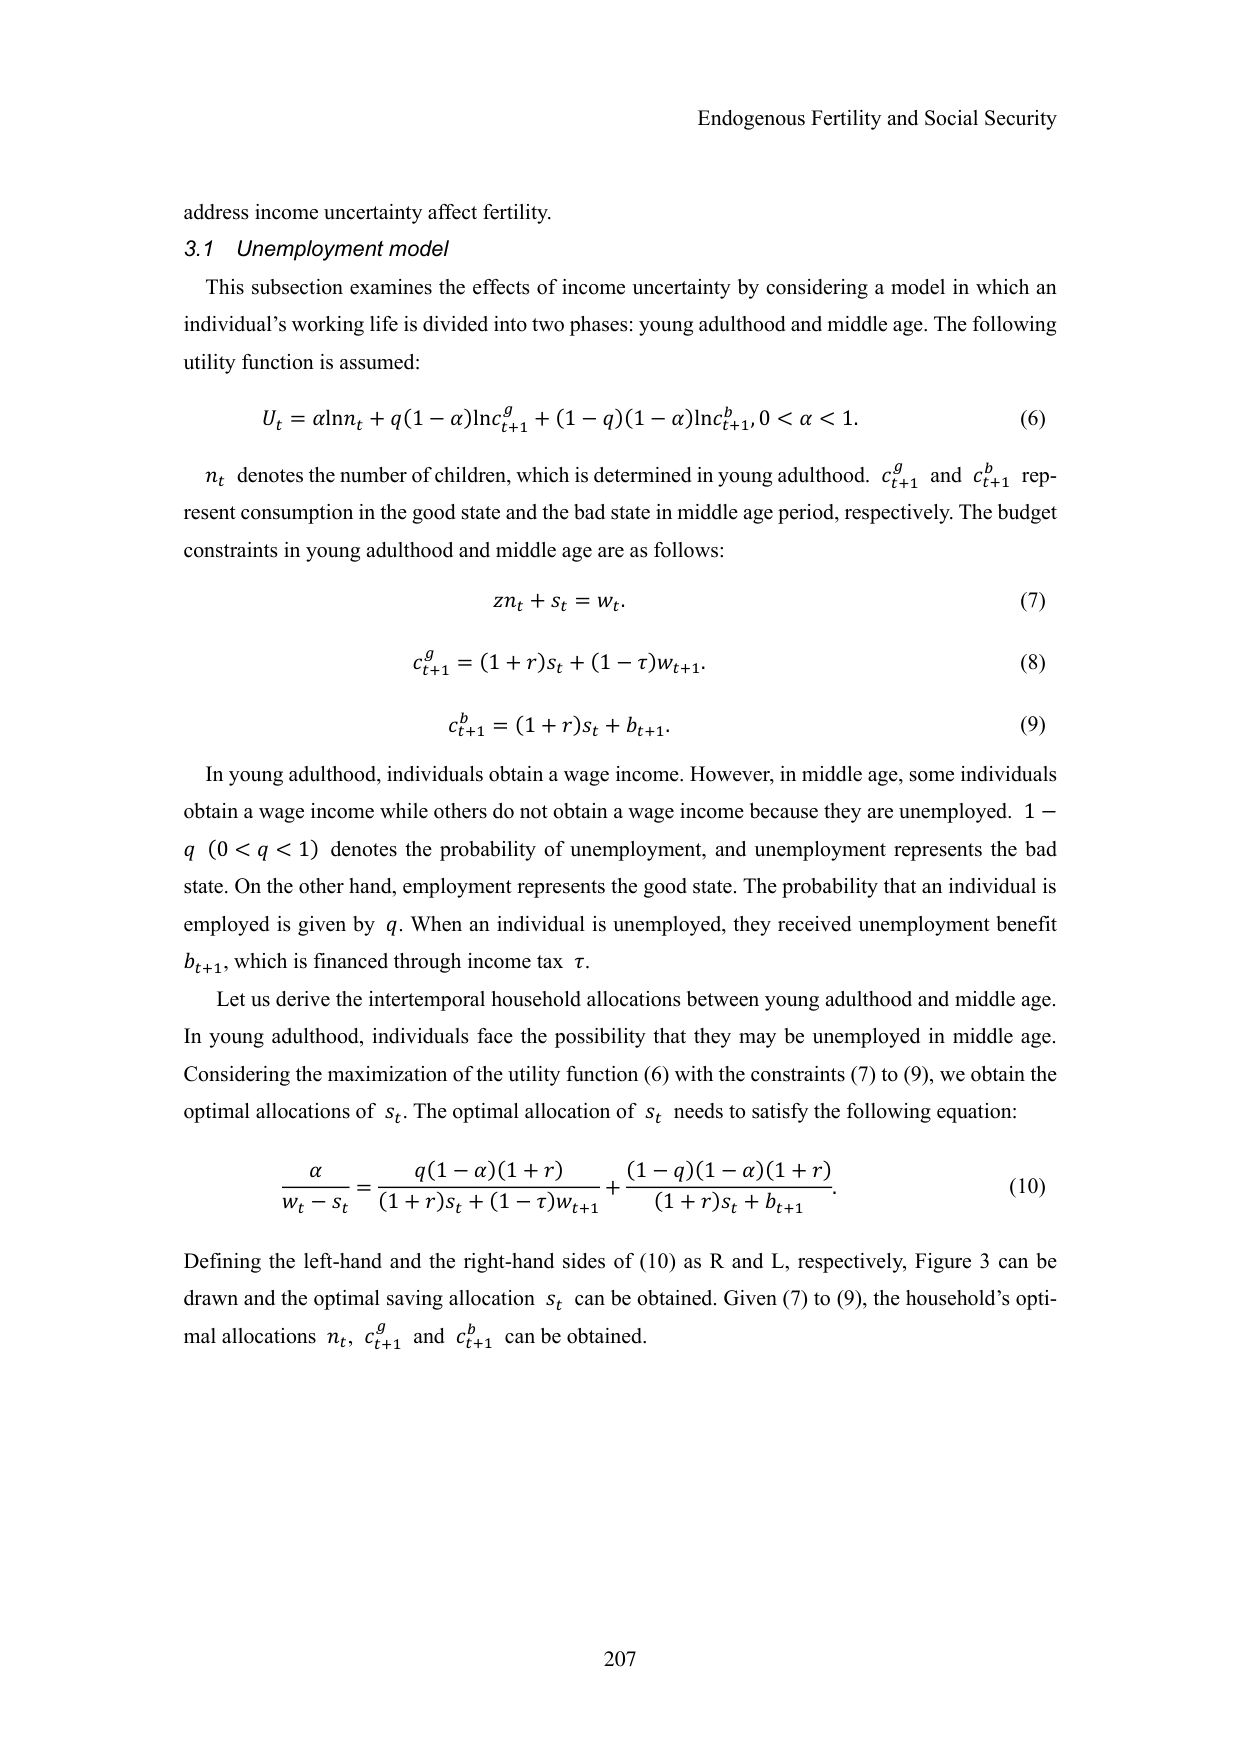
Endogenous Fertility and Social Security

address income uncertainty affect fertility.

3.1 Unemployment model

This subsection examines the effects of income uncertainty by considering a model in which an individual’s working life is divided into two phases: young adulthood and middle age. The following utility function is assumed:

U_t = αlnn_t + q(1−α)lnc_{t+1}^g + (1−q)(1−α)lnc_{t+1}^b, 0 < α < 1.  (6)

n_t denotes the number of children, which is determined in young adulthood. c_{t+1}^g and c_{t+1}^b represent consumption in the good state and the bad state in middle age period, respectively. The budget constraints in young adulthood and middle age are as follows:

zn_t + s_t = w_t.  (7)

c_{t+1}^g = (1+r)s_t + (1−τ)w_{t+1}.  (8)

c_{t+1}^b = (1+r)s_t + b_{t+1}.  (9)

In young adulthood, individuals obtain a wage income. However, in middle age, some individuals obtain a wage income while others do not obtain a wage income because they are unemployed. 1−q (0 < q < 1) denotes the probability of unemployment, and unemployment represents the bad state. On the other hand, employment represents the good state. The probability that an individual is employed is given by q. When an individual is unemployed, they received unemployment benefit b_{t+1}, which is financed through income tax τ.

Let us derive the intertemporal household allocations between young adulthood and middle age. In young adulthood, individuals face the possibility that they may be unemployed in middle age. Considering the maximization of the utility function (6) with the constraints (7) to (9), we obtain the optimal allocations of s_t. The optimal allocation of s_t needs to satisfy the following equation:

α/(w_t − s_t) = [q(1−α)(1+r)] / [(1+r)s_t + (1−τ)w_{t+1}] + [(1−q)(1−α)(1+r)] / [(1+r)s_t + b_{t+1}].  (10)

Defining the left-hand and the right-hand sides of (10) as R and L, respectively, Figure 3 can be drawn and the optimal saving allocation s_t can be obtained. Given (7) to (9), the household’s optimal allocations n_t, c_{t+1}^g and c_{t+1}^b can be obtained.

207